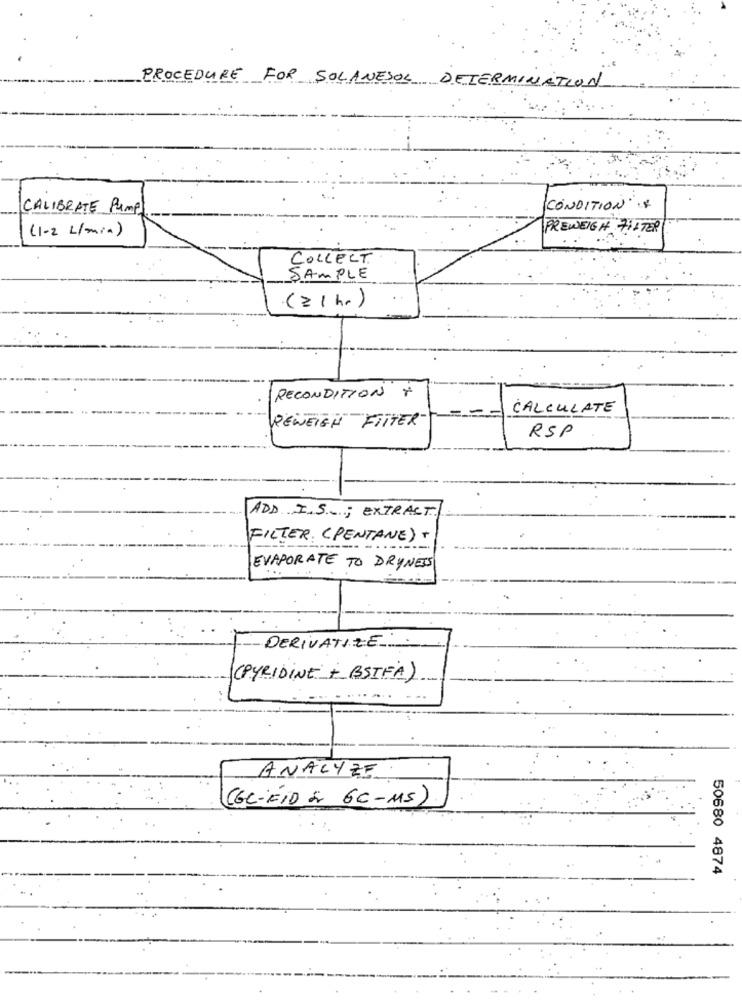
PROCEDURE FOR SOLANESOL DETERMINATION
CALIBRATE Pump
CONDITION ...
(1-2 L/min)
FREWEIGH 711 TER
COLLECT.
SAMPLE
( z1hr)
RECONDITION +
CALCULATE
REWEIGH "FITTER-
RSP
ADD I.S .; EXTRACT
FILTER (PENTANE) +
EVAPORATE TO DRYNESS
DERIVATIZE
(PYRIDINE + BSIFA)
ANALYZE
((GL-ÉID 2 GC-MS)
50680 4874